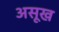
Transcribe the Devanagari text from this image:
असूख